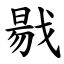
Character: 㦹